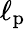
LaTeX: \ell_{\mathrm{p}}